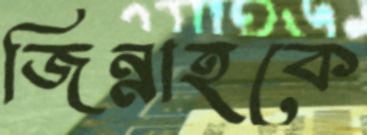
জিন্নাহকে